Triennial report on the lunatic asylums in the province of Eastern Bengal and Assam - 1903-1911
Year: 1903
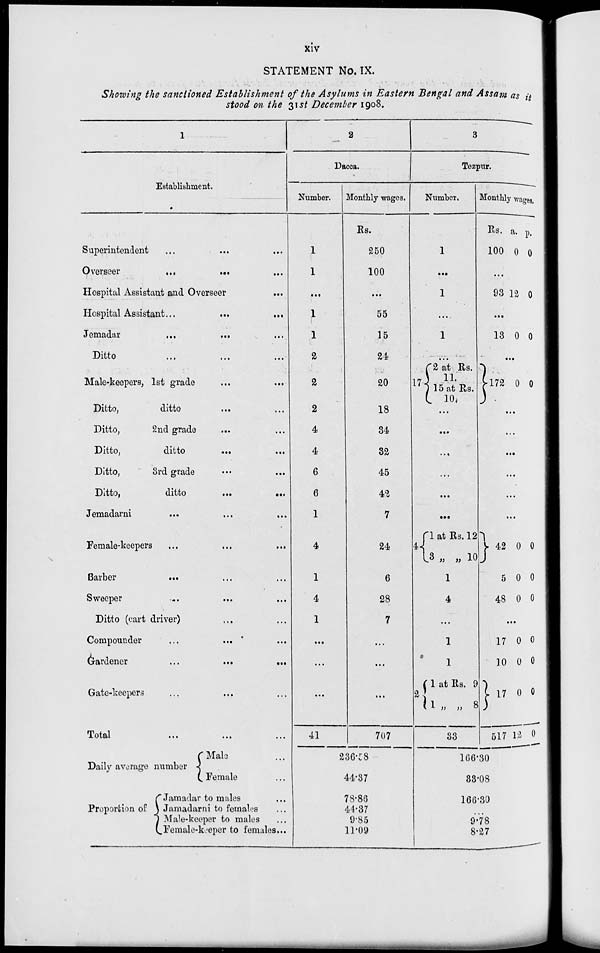
xiv
STATEMENT No. IX.
Showing the sanctioned Establishment of the Asylums in Eastern Bengal and Assam as it
stood on the 31st December 1908.
1
Establishment.
Superintendent ... ... ...
Overseer
...
...
...
Hospital Assistant and Overseer ...
Hospital Assistant
...
...
...
Jemadar
...
...
...
Ditto ... ... ...
Male-keepers, 1st grade ... ...
Ditto,
ditto ... ...
Ditto,
2nd grade ... ...
Ditto,
ditto
...
...
Ditto,
3rd grade ... ...
Ditto,
ditto
...
...
Jemadarni
...
...
...
Female-keepers ... ... ...
Barber ... ... ...
Sweeper
...
...
...
Ditto (cart driver) ... ... ...
Compounder
...
...
...
Gardener ... ... ...
Gate-keepers ... ... ...
Total ... ... ...
Daily average number
Proportion of
Male ...
Female ...
Jamadar to males ...
Jamadarni to females ...
Male-keeper to males ...
Female-keeper to females ...
2
Dacca.
Number.
1
1
...
1
1
2
2
2
4
4
6
6
1
4
1
4
1
...
...
...
41
Monthly wages.
Rs.
250
100
...
55
15
24
20
18
34
32
45
42
7
24
6
28
7
...
...
...
707
236.58
44.37
78.86
44.37
9.85
11.09
3
Tezpur.
Number.
1
...
1
...
1
...
17
2 at Rs.
11.
15 at Rs.
10.
...
...
...
...
...
...
4
1 at Rs. 12
3 „ „ 10
1
4
...
1
1
2
1 at Rs. 9
1 „ „ 8
33
Monthly wages.
Rs.
100
a.
0
p.
0
...
93 12 0
...
13 0 0
...
172
0 0
...
...
...
...
...
...
42
5
48
0
0
0
0
0
0
...
17
10
17
517
0
0
0
12
0
0
0
0
166.30
33.08
166.30
...
9.78
8.27